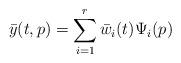
LaTeX: \begin{align*} \bar{y}(t,p) = \sum_{i=1}^r \bar{w}_i(t) \Psi_i(p) \end{align*}